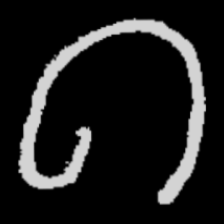
Pyu character \u2014 Myanmar letter: ဂ (romanized: ga)